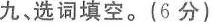
九、选词填空。(6分)